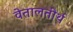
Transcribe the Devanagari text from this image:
वेतालतीर्थ